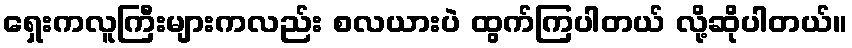
ရှေးကလူကြီးများကလည်း စလယားပဲ ထွက်ကြပါတယ် လို့ဆိုပါတယ်။